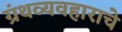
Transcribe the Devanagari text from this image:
ग्रंथव्यवहाराचे